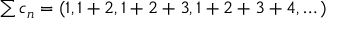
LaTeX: \textstyle \sum c _ { n } = ( 1 , 1 + 2 , 1 + 2 + 3 , 1 + 2 + 3 + 4 , \dots )